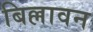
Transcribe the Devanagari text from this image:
बिल्लावन